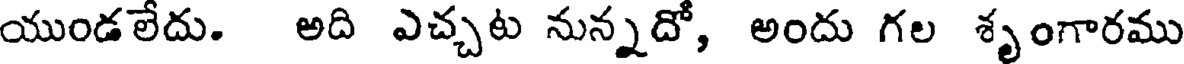
యుండలేదు. అది ఎచ్చట నున్నదో, అందు గల శృంగారము